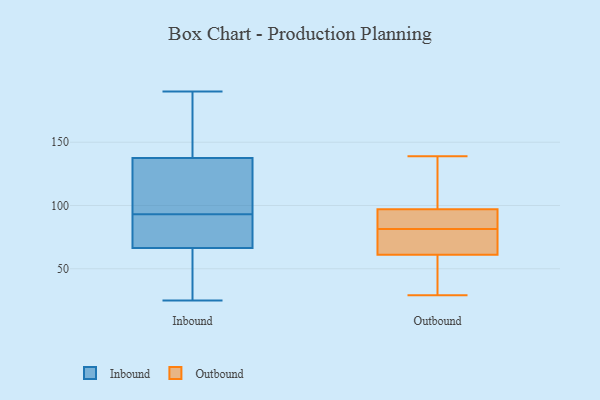
{"axis": {"x": "Inventory Turnover", "y": "Value"}, "legend": ["Inbound", "Outbound"], "data": [{"x": "", "y": 25, "type": "Inbound"}, {"x": "", "y": 143, "type": "Inbound"}, {"x": "", "y": 121, "type": "Inbound"}, {"x": "", "y": 55, "type": "Inbound"}, {"x": "", "y": 93, "type": "Inbound"}, {"x": "", "y": 78, "type": "Inbound"}, {"x": "", "y": 179, "type": "Inbound"}, {"x": "", "y": 117, "type": "Inbound"}, {"x": "", "y": 190, "type": "Inbound"}, {"x": "", "y": 175, "type": "Inbound"}, {"x": "", "y": 65, "type": "Inbound"}, {"x": "", "y": 95, "type": "Inbound"}, {"x": "", "y": 62, "type": "Inbound"}, {"x": "", "y": 71, "type": "Inbound"}, {"x": "", "y": 71, "type": "Inbound"}, {"x": "", "y": 124, "type": "Outbound"}, {"x": "", "y": 63, "type": "Outbound"}, {"x": "", "y": 93, "type": "Outbound"}, {"x": "", "y": 29, "type": "Outbound"}, {"x": "", "y": 89, "type": "Outbound"}, {"x": "", "y": 61, "type": "Outbound"}, {"x": "", "y": 139, "type": "Outbound"}, {"x": "", "y": 97, "type": "Outbound"}, {"x": "", "y": 74, "type": "Outbound"}, {"x": "", "y": 54, "type": "Outbound"}]}